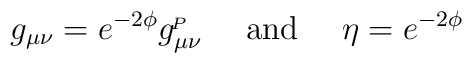
g_{\mu\nu}=e^{-2\phi}  g^{\!_P}_{\mu\nu} \ \ \ \ {\rm and}\ \ \ \ \eta=e^{-2\phi}